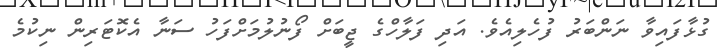
ގުޅާފައިވާ ނަންބަރު ފުހެލިއެވެ. އަދި ފަލާހްގެ ޖީބަށް ފޯނުލުމަށްފަހު ސަނާ އެކޮޓަރިން ނިކުމެ